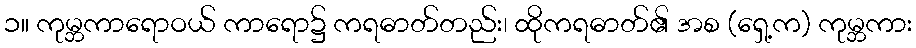
၁။ ကုမ္ဘကာရောဝယ် ကာရော၌ ကရဓာတ်တည်း၊ ထိုကရဓာတ်၏ အစ (ရှေ့က) ကုမ္ဘကား